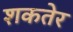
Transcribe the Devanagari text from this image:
शकतेर